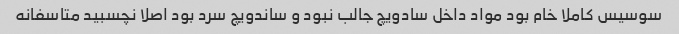
سوسیس کاملا خام بود مواد داخل سادویچ جالب نبود و ساندویچ سرد بود اصلا نچسبید متاسفانه